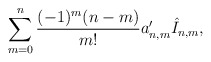
\begin{align*} \sum_{m=0}^n\frac{(-1)^m(n-m)}{m!}a'_{n,m}\hat{I}_{n,m},\end{align*}